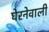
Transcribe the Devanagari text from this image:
घेरनेवाली